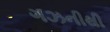
ગઝનીથી